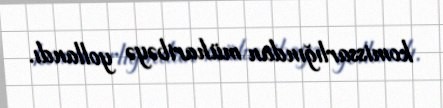
komissarlığından müharibəyə yollandı.